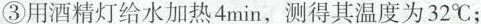
③用酒精灯给水加热4min，测得其温度为32℃；